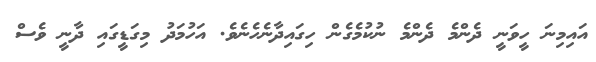
އައިމިނަ ހީވަނީ ދެންމެ ދެންމެ ނުކުމެގެން ހިގައިދާނެހެނެވެ. އަހުމަދު މިގަޑީގައި ދާނީ ވެސް